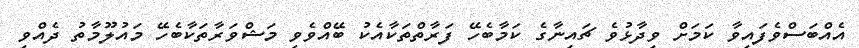
އެއްބަސްވެފައިވާ ކަމަށް ވިދާޅުވެ ޗައިނާގެ ކަމާބެހޭ ފަރާތްތަކާއެކު ބޭއްވެވި މަޝްވަރާތަކާބެހޭ މައުލޫމާތު ދެއްވި